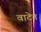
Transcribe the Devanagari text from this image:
वाटेन